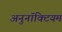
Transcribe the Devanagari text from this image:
अनुनॉक्टियम